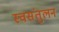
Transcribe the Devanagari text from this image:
स्वसंतुलन